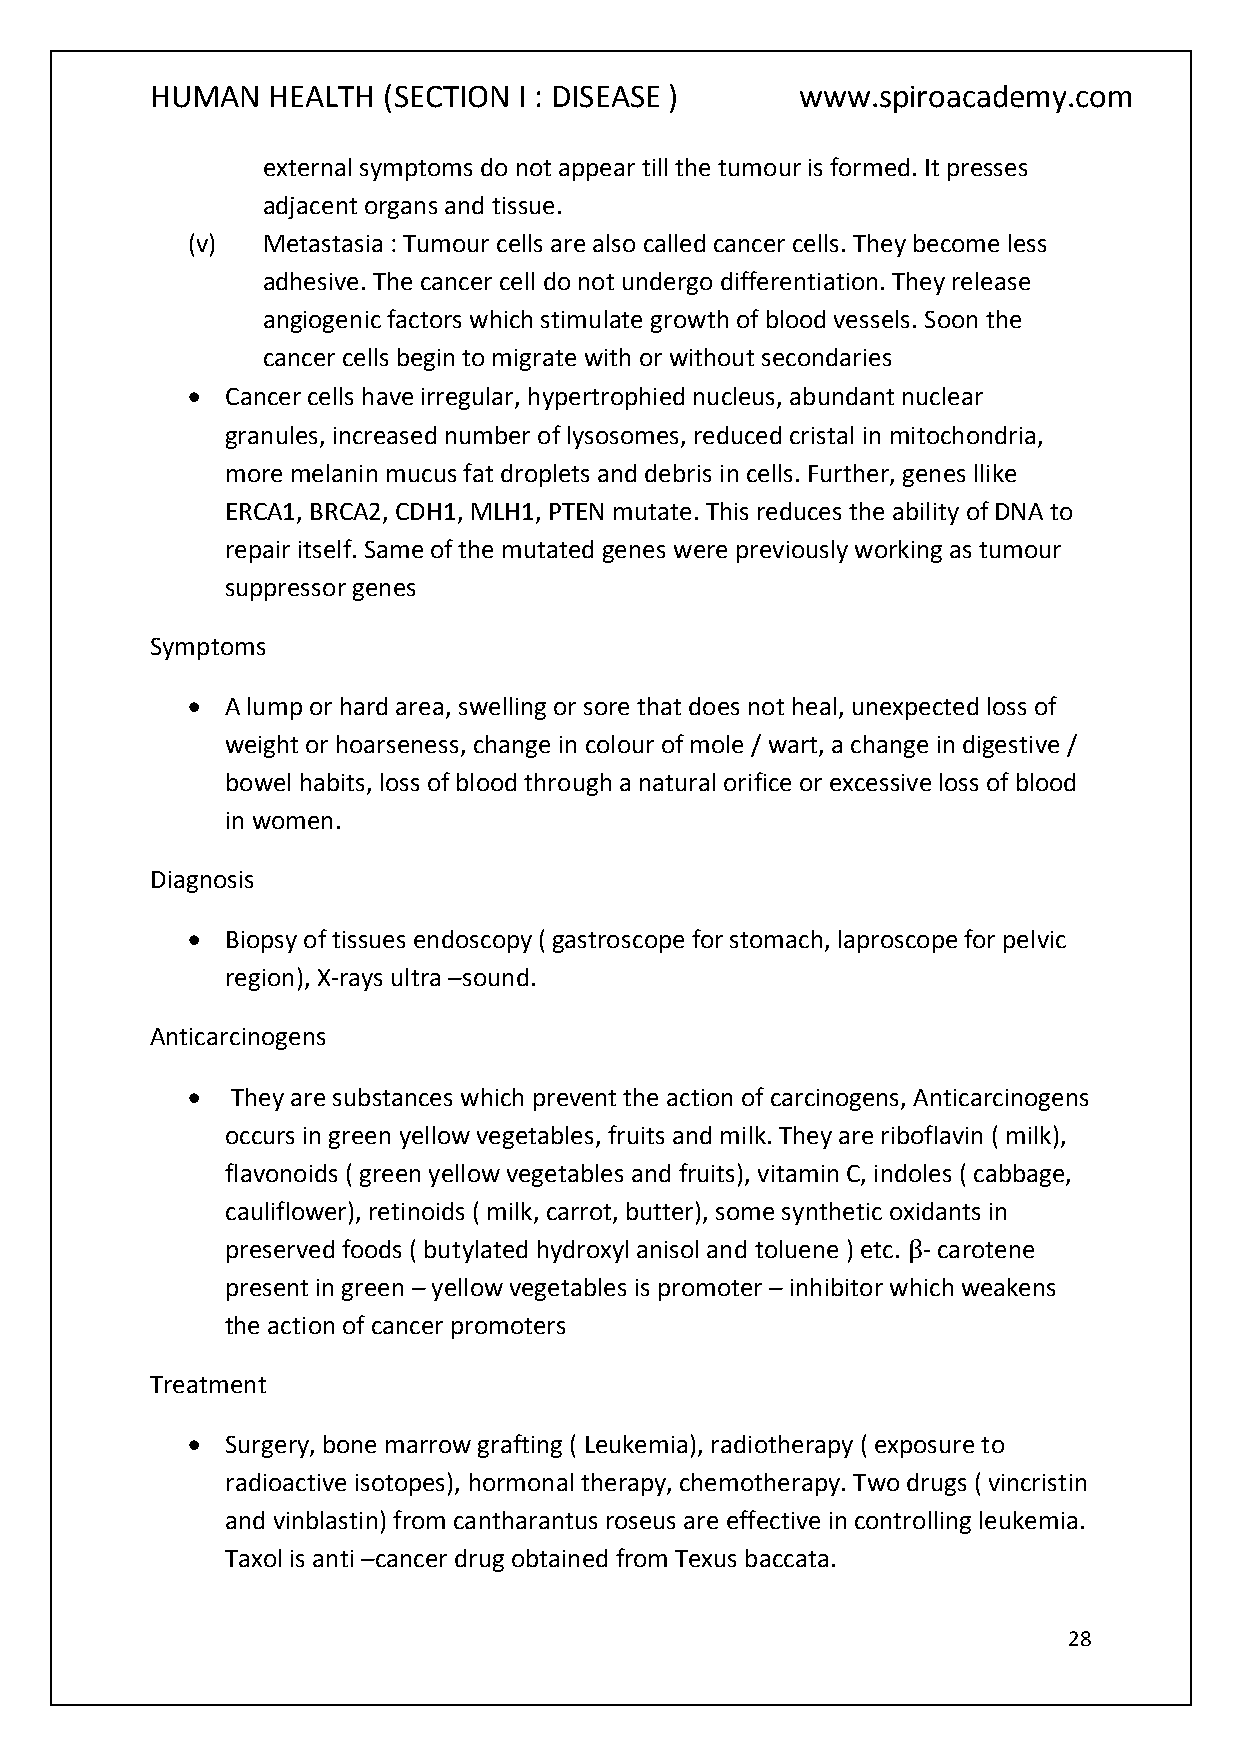
HUMAN   HEALTH (SECTION I : DISEASE )      www.spiroacademy.com
 external symptoms do not appear till the tumour is formed. It presses
 adjacent organs and tissue.
 (v)  Metastasia : Tumour cells are also called cancer cells. They become less
 adhesive. The cancer cell do not undergo differentiation. They release
 angiogenic factors which stimulate growth of blood vessels. Soon the
 cancer cells begin to migrate with or without secondaries
   Cancer cells have irregular, hypertrophied nucleus, abundant nuclear
 granules, increased number of lysosomes, reduced cristal in mitochondria,
 more melanin mucus fat droplets and debris in cells. Further, genes llike
 ERCA1, BRCA2, CDH1, MLH1, PTEN mutate. This reduces the ability of DNA to
 repair itself. Same of the mutated genes were previously working as tumour
 suppressor genes
 Symptoms
   A lump or hard area, swelling or sore that does not heal, unexpected loss of
 weight or hoarseness, change in colour of mole / wart, a change in digestive /
 bowel habits, loss of blood through a natural orifice or excessive loss of blood
 in women.
 Diagnosis
   Biopsy of tissues endoscopy ( gastroscope for stomach, laproscope for pelvic
 region), X-rays ultra –sound.
 Anticarcinogens
   They are substances which prevent the action of carcinogens, Anticarcinogens
 occurs in green yellow vegetables, fruits and milk. They are riboflavin ( milk),
 flavonoids ( green yellow vegetables and fruits), vitamin C, indoles ( cabbage,
 cauliflower), retinoids ( milk, carrot, butter), some synthetic oxidants in
 preserved foods ( butylated hydroxyl anisol and toluene ) etc. β- carotene
 present in green – yellow vegetables is promoter – inhibitor which weakens
 the action of cancer promoters
 Treatment
   Surgery, bone marrow grafting ( Leukemia), radiotherapy ( exposure to
 radioactive isotopes), hormonal therapy, chemotherapy. Two drugs ( vincristin
 and vinblastin) from cantharantus roseus are effective in controlling leukemia.
 Taxol is anti –cancer drug obtained from Texus baccata.
 28